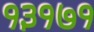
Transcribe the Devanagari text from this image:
१३१७१